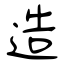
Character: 造